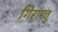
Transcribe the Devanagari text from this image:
गिरामत्तु